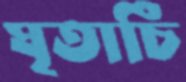
ঘৃতার্চি